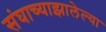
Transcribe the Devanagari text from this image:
संघाच्याझालेल्या